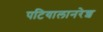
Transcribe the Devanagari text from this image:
पटियालानरेश